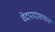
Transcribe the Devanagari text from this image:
वेदपादाख्यान